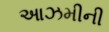
આઝમીની